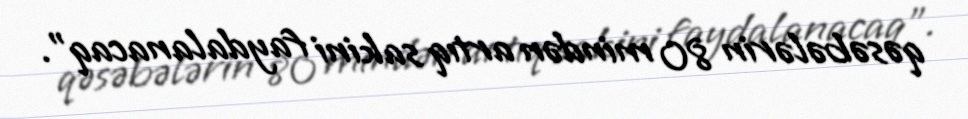
qəsəbələrin 80 mindən artıq sakini faydalanacaq".